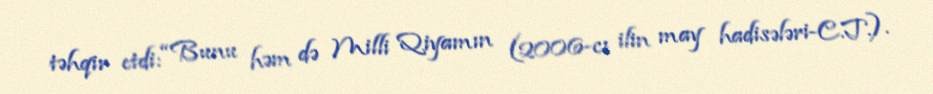
təhqir etdi: “Bunu həm də Milli Qiyamın (2006-cı ilin may hadisələri-C.T.).